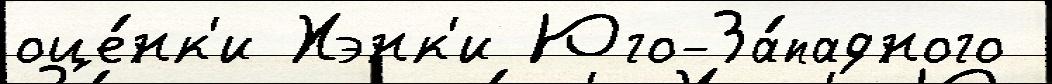
оце́нк'и Хэнк'и Юго-За́падного